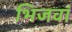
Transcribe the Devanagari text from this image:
भिजवां